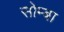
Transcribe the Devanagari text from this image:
सोम्बा